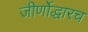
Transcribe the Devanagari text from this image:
जीर्णोद्धारच